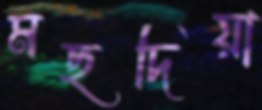
মছদিয়া